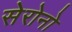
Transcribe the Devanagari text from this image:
सेरोनो